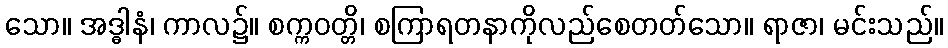
သော။ အဒ္ဓါနံ၊ ကာလ၌။ စက္ကဝတ္တိ၊ စကြာရတနာကိုလည်စေတတ်သော။ ရာဇာ၊ မင်းသည်။